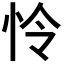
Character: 怜